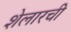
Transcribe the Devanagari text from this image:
शेलारची